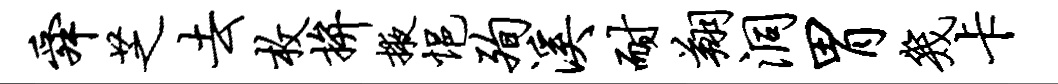
舜芝去枚拚掖悒殉溪耐翔洞胃几卡